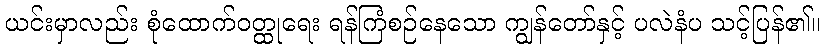
ယင်းမှာလည်း စုံထောက်ဝတ္ထုရေး ရန်ကြံစဉ်နေသော ကျွန်တော်နှင့် ပလဲနံပ သင့်ပြန်၏။